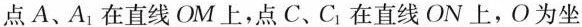
点A、A_{1}在直线OM上，点C、C_{1}在直线ON上，O为坐